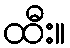
ထီး။